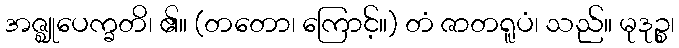
အဇ္ဈုပေက္ခတိ၊ ၏။ (တတော၊ ကြောင့်။) တံ ဇာတရူပံ၊ သည်။ မုဒုဉ္စ၊